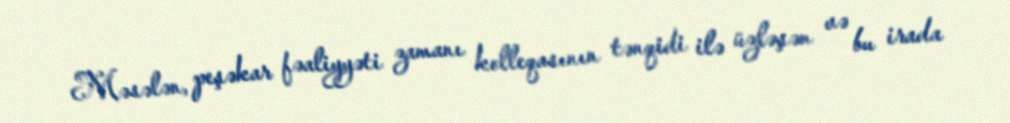
Məsələn, peşəkar fəaliyyəti zamanı kolleqasının tənqidi ilə üzləşən və bu irada